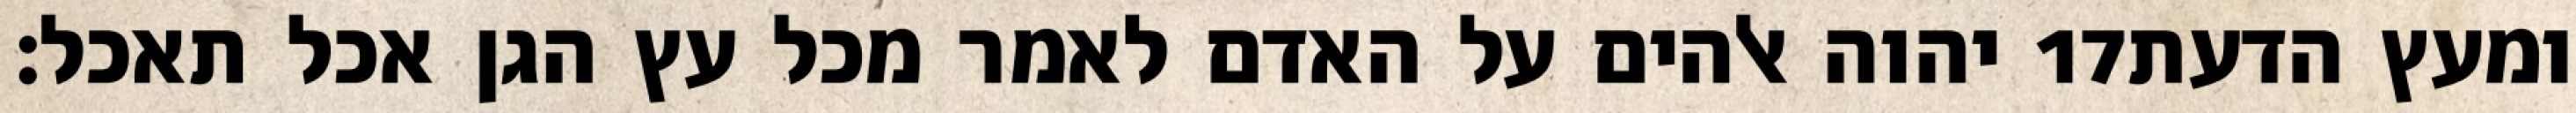
יהוה אלהים על האדם לאמר מכל עץ הגן אכל תאכל׃ ‎17‏ ומעץ הדעת